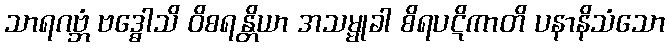
သာရဂဗ္ဘံ ဗဒ္ဓေါသိ ဝိစရန္တိယာ အသမ္မုခါ စိရပဋိကာတိ ပနာနိသံသော